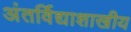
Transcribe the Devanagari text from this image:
अंतर्विद्याशाखीय